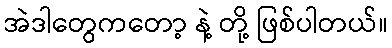
အဲဒါတွေကတော့ နဲ့ တို့ ဖြစ်ပါတယ်။